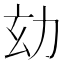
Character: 𠡆